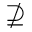
\nsupseteq